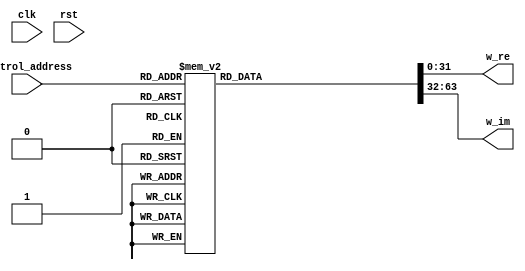
module twiddle_factor_gen(
							input clk,
							input rst,
							input [3:0]control_address,
							output reg [31:0]w_re,
							output reg [31:0]w_im
							);
							
	always @(control_address)
		begin
			//if(!rst)
			//	begin
			//		w_re <= 32'b0;
			//		w_im <= 32'b0;
			//	end
			//else
				begin
					case(control_address)
						4'd0:
							begin
								w_re <= 32'b00111111100000000000000000000000;
								w_im <= 32'b0;
							end
						4'd1:	
							begin
								w_re <= 32'b00111111011110110001010010111110;
								w_im <= 32'b10111110010001111100010111000010;
							end
						4'd2:	
							begin
								w_re <= 32'b00111111011011001000001101011110;
								w_im <= 32'b10111110110000111110111100010101;
							end
						4'd3:	
							begin
								w_re <= 32'b00111111010101001101101100110001;
								w_im <= 32'b10111111000011100011100111011010;
							end
						4'd4:
							begin
								w_re <= 32'b00111111001101010000010011110011;
								w_im <= 32'b10111111001101010000010011110011;
							end
						4'd5:	
							begin
								w_re <= 32'b00111111000011100011100111011010;
								w_im <= 32'b10111111010101001101101100110001;
							end
						4'd6:	
							begin
								w_re <= 32'b00111110110000111110111100010101;
								w_im <= 32'b10111111011011001000001101011110;
							end
						4'd7:	
							begin
								w_re <= 32'b00111110010001111100010111000010;
								w_im <= 32'b10111111011110110001010010111110;
							end
						4'd8:	
							begin
								w_re <= 32'b0;
								w_im <= 32'b10111111100000000000000000000000;
							end
						4'd9:	
							begin
								w_re <= 32'b10111110010001111100010111000010;
								w_im <= 32'b10111111011110110001010010111110;
							end
						4'd10:	
							begin
								w_re <= 32'b10111110110000111110111100010101;
								w_im <= 32'b10111111011011001000001101011110;
							end
						4'd11:	
							begin
								w_re <= 32'b10111111000011100011100111011010;
								w_im <= 32'b10111111010101001101101100110001;
							end
						4'd12:	
							begin
								w_re <= 32'b10111111001101010000010011110011;
								w_im <= 32'b10111111001101010000010011110011;
							end
						4'd13:	
							begin
								w_re <= 32'b10111111010101001101101100110001;
								w_im <= 32'b10111111000011100011100111011010;
							end
						4'd14:	
							begin
								w_re <= 32'b10111111011011001000001101011110;
								w_im <= 32'b10111110110000111110111100010101;
							end
						4'd15:	
							begin
								w_re <= 32'b10111111011110110001010010111110;
								w_im <= 32'b10111110010001111100010111000010;
							end
					endcase
				end
		end
		
endmodule